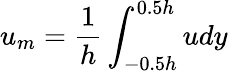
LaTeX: u_{m}=\frac{1}{h}\int_{-0.5h}^{0.5h}udy